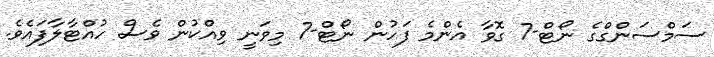
ސަމްސަންގްގެ ނޯޓް-7 ގޮވާ އެންމެ ފަހުން ނޯޓް-7 މިވަނީ ވިއްކުން ވެސް ހުއްޓާލާފައެވެ.